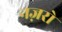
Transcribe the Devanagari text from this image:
नज़रो